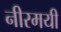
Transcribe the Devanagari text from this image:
नीरमयी